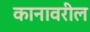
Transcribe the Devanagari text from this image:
कानावरील